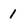
Character: 1